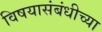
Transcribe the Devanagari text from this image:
विषयासंबंधीच्या